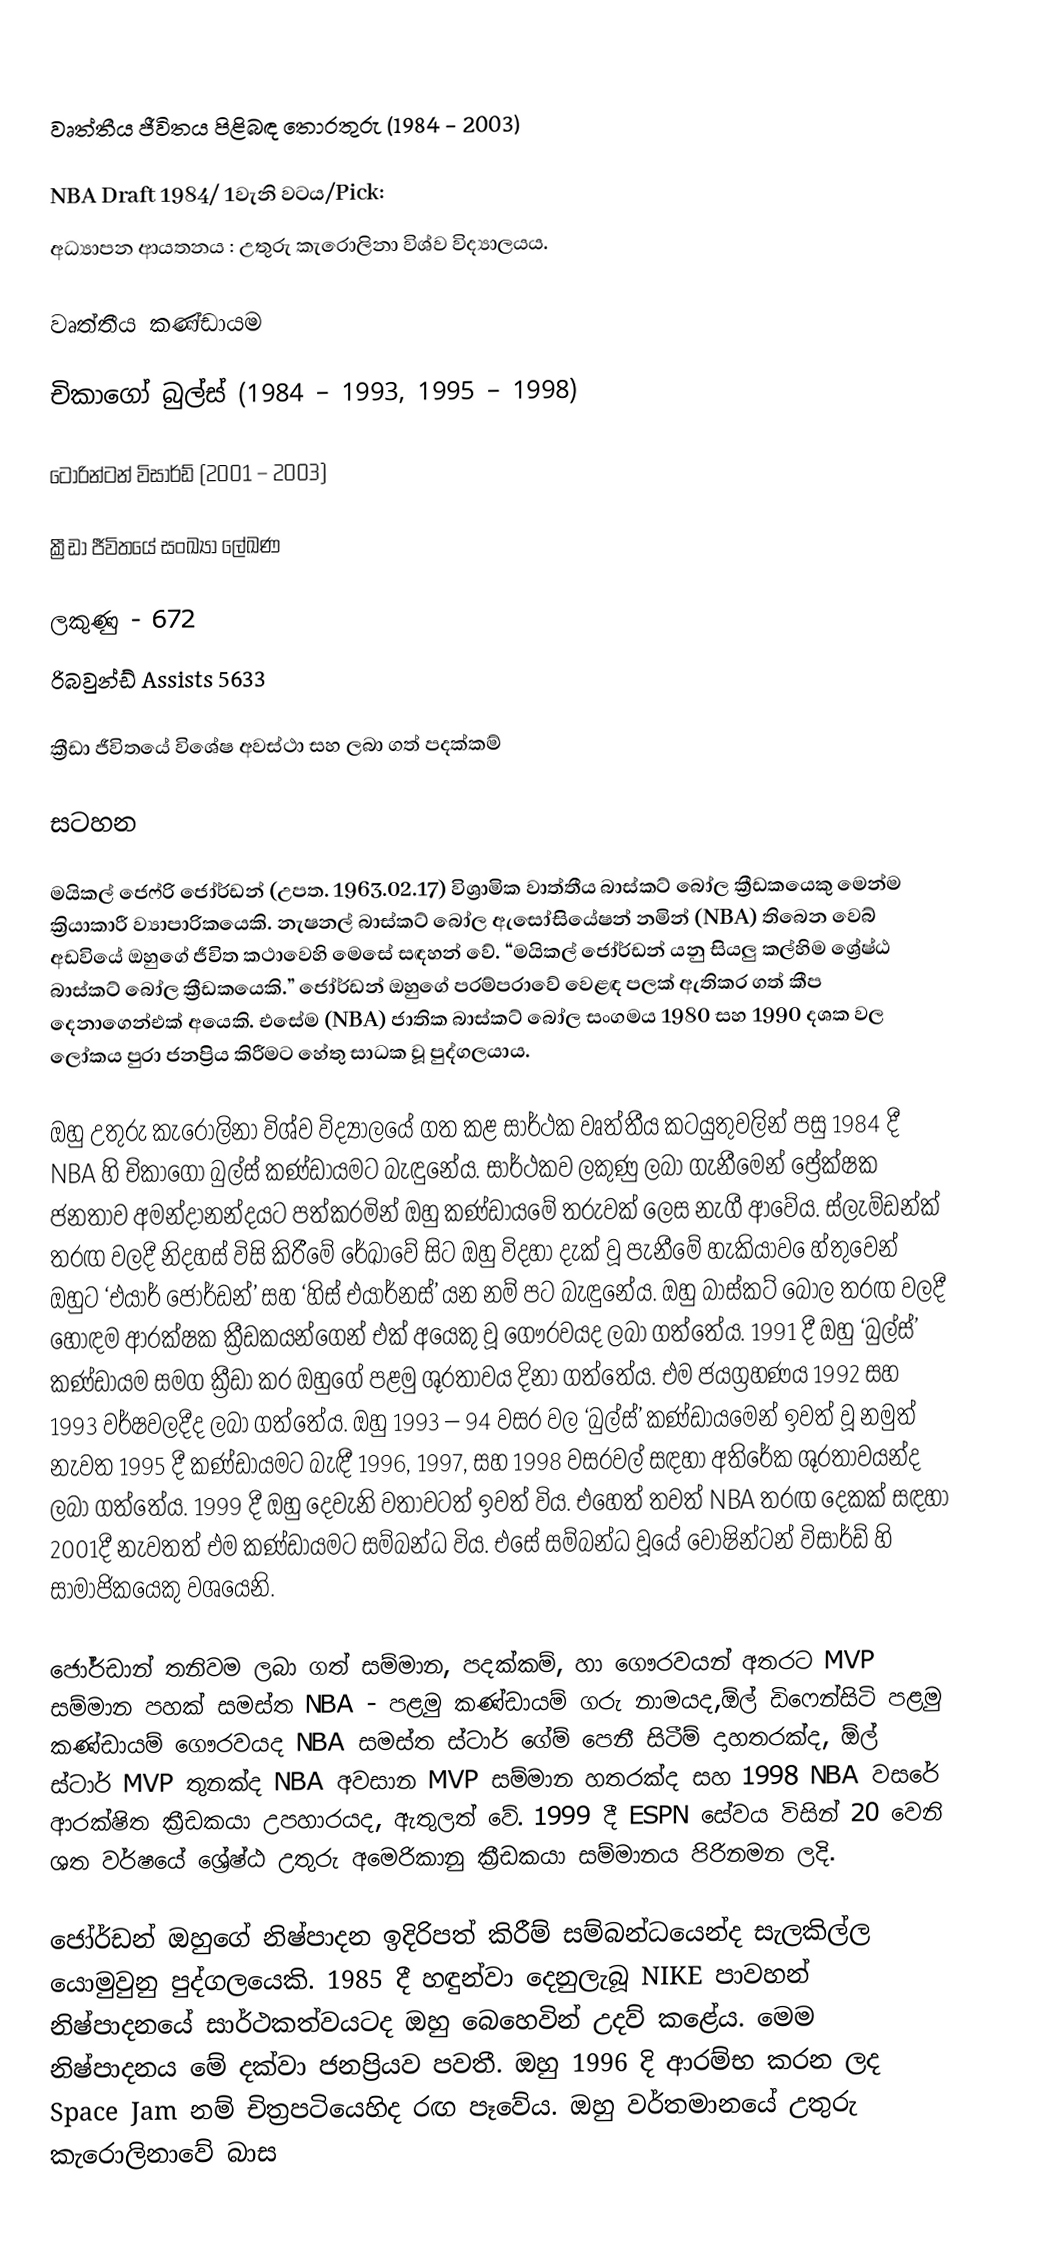

වෘත්තීය ජීවිතය පිළිබඳ තොරතුරු (1984 - 2003)

NBA Draft 1984/ 1වැනි වටය/Pick:
අධ්‍යාපන ආයතනය :  උතුරු කැරොලිනා විශ්ව විද්‍යාලයය.

වෘත්තීය කණ්ඩායම

චිකාගෝ බුල්ස් (1984 – 1993, 1995 – 1998)

ටොරින්ටන් විසාර්ඩ් (2001 – 2003)

ක්‍රීඩා ජීවිතයේ සංඛ්‍යා ලේඛණ

ලකුණු - 672
	රිබවුන්ඩ් Assists	5633

ක්‍රීඩා ජීවිතයේ විශේෂ අවස්ථා සහ ලබා ගත් පදක්කම්

සටහන

මයිකල් ජෙෆ්රි ජෝර්ඩන් (උපත. 1963.02.17) විශ්‍රාමික වාත්තීය බාස්කට් බෝල ක්‍රීඩකයෙකු මෙන්ම ක්‍රියාකාරී ව්‍යාපාරිකයෙකි. නැෂනල් බාස්කට් බෝල ඇසෝසියේෂන් නමින් (NBA) තිබෙන වෙබ් අඩවියේ ඔහුගේ ජීවිත කථාවෙහි මෙසේ  සඳහන් වේ. “මයිකල් ජෝර්ඩන් යනු සියලු කල්හිම ශ්‍රේෂ්ඨ බාස්කට් බෝල ක්‍රීඩකයෙකි.” ජෝර්ඩන් ඔහුගේ පරම්පරාවේ වෙළඳ පලක් ඇතිකර ගත් කීප දෙනාගෙන්එක් අයෙකි. එසේම (NBA) ජාතික බාස්කට් බෝල සංගමය 1980 සහ 1990 දශක වල ලෝකය පුරා ජනප්‍රිය කිරීමට හේතු සාධක වූ පුද්ගලයාය.

ඔහු උතුරු කැරොලිනා විශ්ව විද්‍යාලයේ ගත කළ සාර්ථක වෘත්තීය කටයුතුවලින් පසු 1984 දී NBA හි චිකාගෝ බුල්ස් කණ්ඩායමට බැඳුනේය. සාර්ථකව ලකුණු ලබා ගැනීමෙන් ප්‍රේක්ෂක ජනතාව අමන්දානන්දයට පත්කරමින් ඔහු කණ්ඩායමේ තරුවක් ලෙස නැගී ආවේය. ස්ලැම්ඩන්ක් තරඟ වලදී නිදහස් විසි කිරීමේ රේඛාවේ සිට ඔහු විදහා දැක් වූ පැනීමේ හැකියාව ‍ෙහ්තුවෙන් ඔහුට ‘එයාර් ජෝර්ඩන්’ සහ ‘හිස් එයාර්නස්’ යන නම් පට බැඳුනේය. ඔහු බාස්කට් බෝල තරඟ වලදී හොඳම ආරක්ෂක ක්‍රීඩකයන්ගෙන් එක් අයෙකු  වූ ගෞරවයද ලබා ගත්තේය. 1991 දී ඔහු ‘බුල්ස්’ කණ්ඩායම සමග ක්‍රීඩා කර ඔහුගේ පළමු ශූරතාවය දිනා ගත්තේය. එම ජයග්‍රහණය 1992 සහ 1993 වර්ෂවලදීද ලබා ගත්තේය. ඔහු 1993 – 94 වසර වල ‘බුල්ස්’ කණ්ඩායමෙන් ඉවත් වූ නමුත් නැවත 1995 දී කණ්ඩායමට බැඳී 1996, 1997, සහ 1998 වසරවල් සඳහා අතිරේක ශූරතාවයන්ද ලබා ගත්තේය. 1999 දී ඔහු දෙවැනි වතාවටත් ඉවත් විය. එහෙත් තවත් NBA තරඟ දෙකක් සඳහා 2001දී නැවතත් එම කණ්ඩායමට සම්බන්ධ විය. එසේ සම්බන්ධ වූයේ වොෂින්ටන් විසාර්ඩ් හි සාමාජිකයෙකු වශයෙනි.

ජෝර්ඩාන් තනිවම  ලබා ගත් සම්මාන, පදක්කම්, හා ගෞරවයන් අතරට MVP සම්මාන පහක් සමස්ත NBA - පළමු කණ්ඩායම් ගරු නාමයද,ඕල් ඩිෆෙන්සිටි පළමු කණ්ඩායම් ගෞරවයද NBA සමස්ත ස්ටාර් ගේම් පෙනී සිටීම් දාහතරක්ද, ඕල් ස්ටාර් MVP තුනක්ද NBA අවසාන MVP සම්මාන හතරක්ද සහ 1998 NBA වසරේ ආරක්ෂිත ක්‍රීඩකයා උපහාරයද, ඇතුලත් වේ. 1999 දී ESPN සේවය විසින් 20 වෙනි ශත වර්ෂයේ ශ්‍රේෂ්ඨ උතුරු අමෙරිකානු ක්‍රීඩකයා සම්මානය පිරිනමන ලදි.

ජෝර්ඩන් ඔහුගේ නිෂ්පාදන ඉදිරිපත් කිරීම් සම්බන්ධයෙන්ද සැලකිල්ල යොමුවුනු පුද්ගලයෙකි. 1985 දී හඳුන්වා දෙනුලැබූ NIKE පාවහන් නිෂ්පාදනයේ සාර්ථකත්වයටද ඔහු බෙහෙවින් උදව් කළේය. මෙම නිෂ්පාදනය මේ දක්වා ජනප්‍රියව පවතී. ඔහු 1996 දි ආරම්භ කරන ලද Space Jam නම් චිත්‍රපටියෙහිද රඟ පෑවේය. ඔහු වර්තමානයේ උතුරු කැරොලිනාවේ බාස